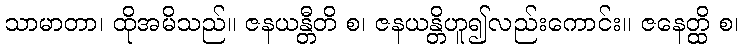
သာမာတာ၊ ထိုအမိသည်။ ဇနယန္တီတိ စ၊ ဇနယန္တိဟူ၍လည်းကောင်း။ ဇနေတ္ထိ စ၊